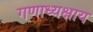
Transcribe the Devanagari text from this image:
गणाध्यक्षाय